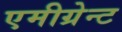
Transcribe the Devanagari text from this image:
एमीग्रेन्ट